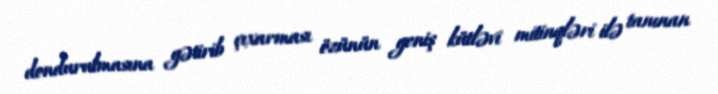
dondurulmasına gətirib çıxarması özünün geniş kütləvi mitinqləri ilə tanınan